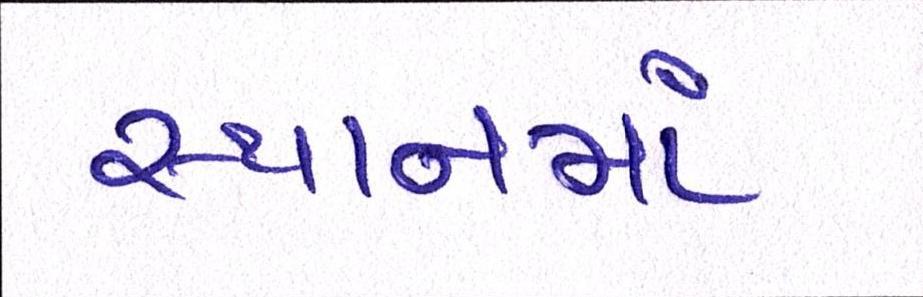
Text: સ્થાનમાં